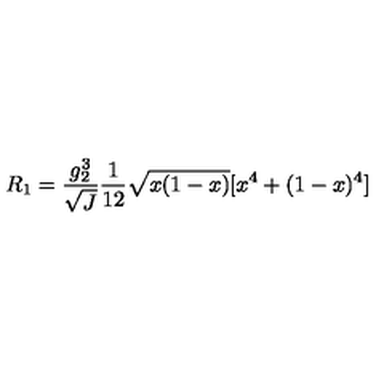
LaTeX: R _ { 1 } = \frac { g _ { 2 } ^ { 3 } } { \sqrt { J } } \frac { 1 } { 1 2 } \sqrt { x ( 1 - x ) } [ x ^ { 4 } + ( 1 - x ) ^ { 4 } ]